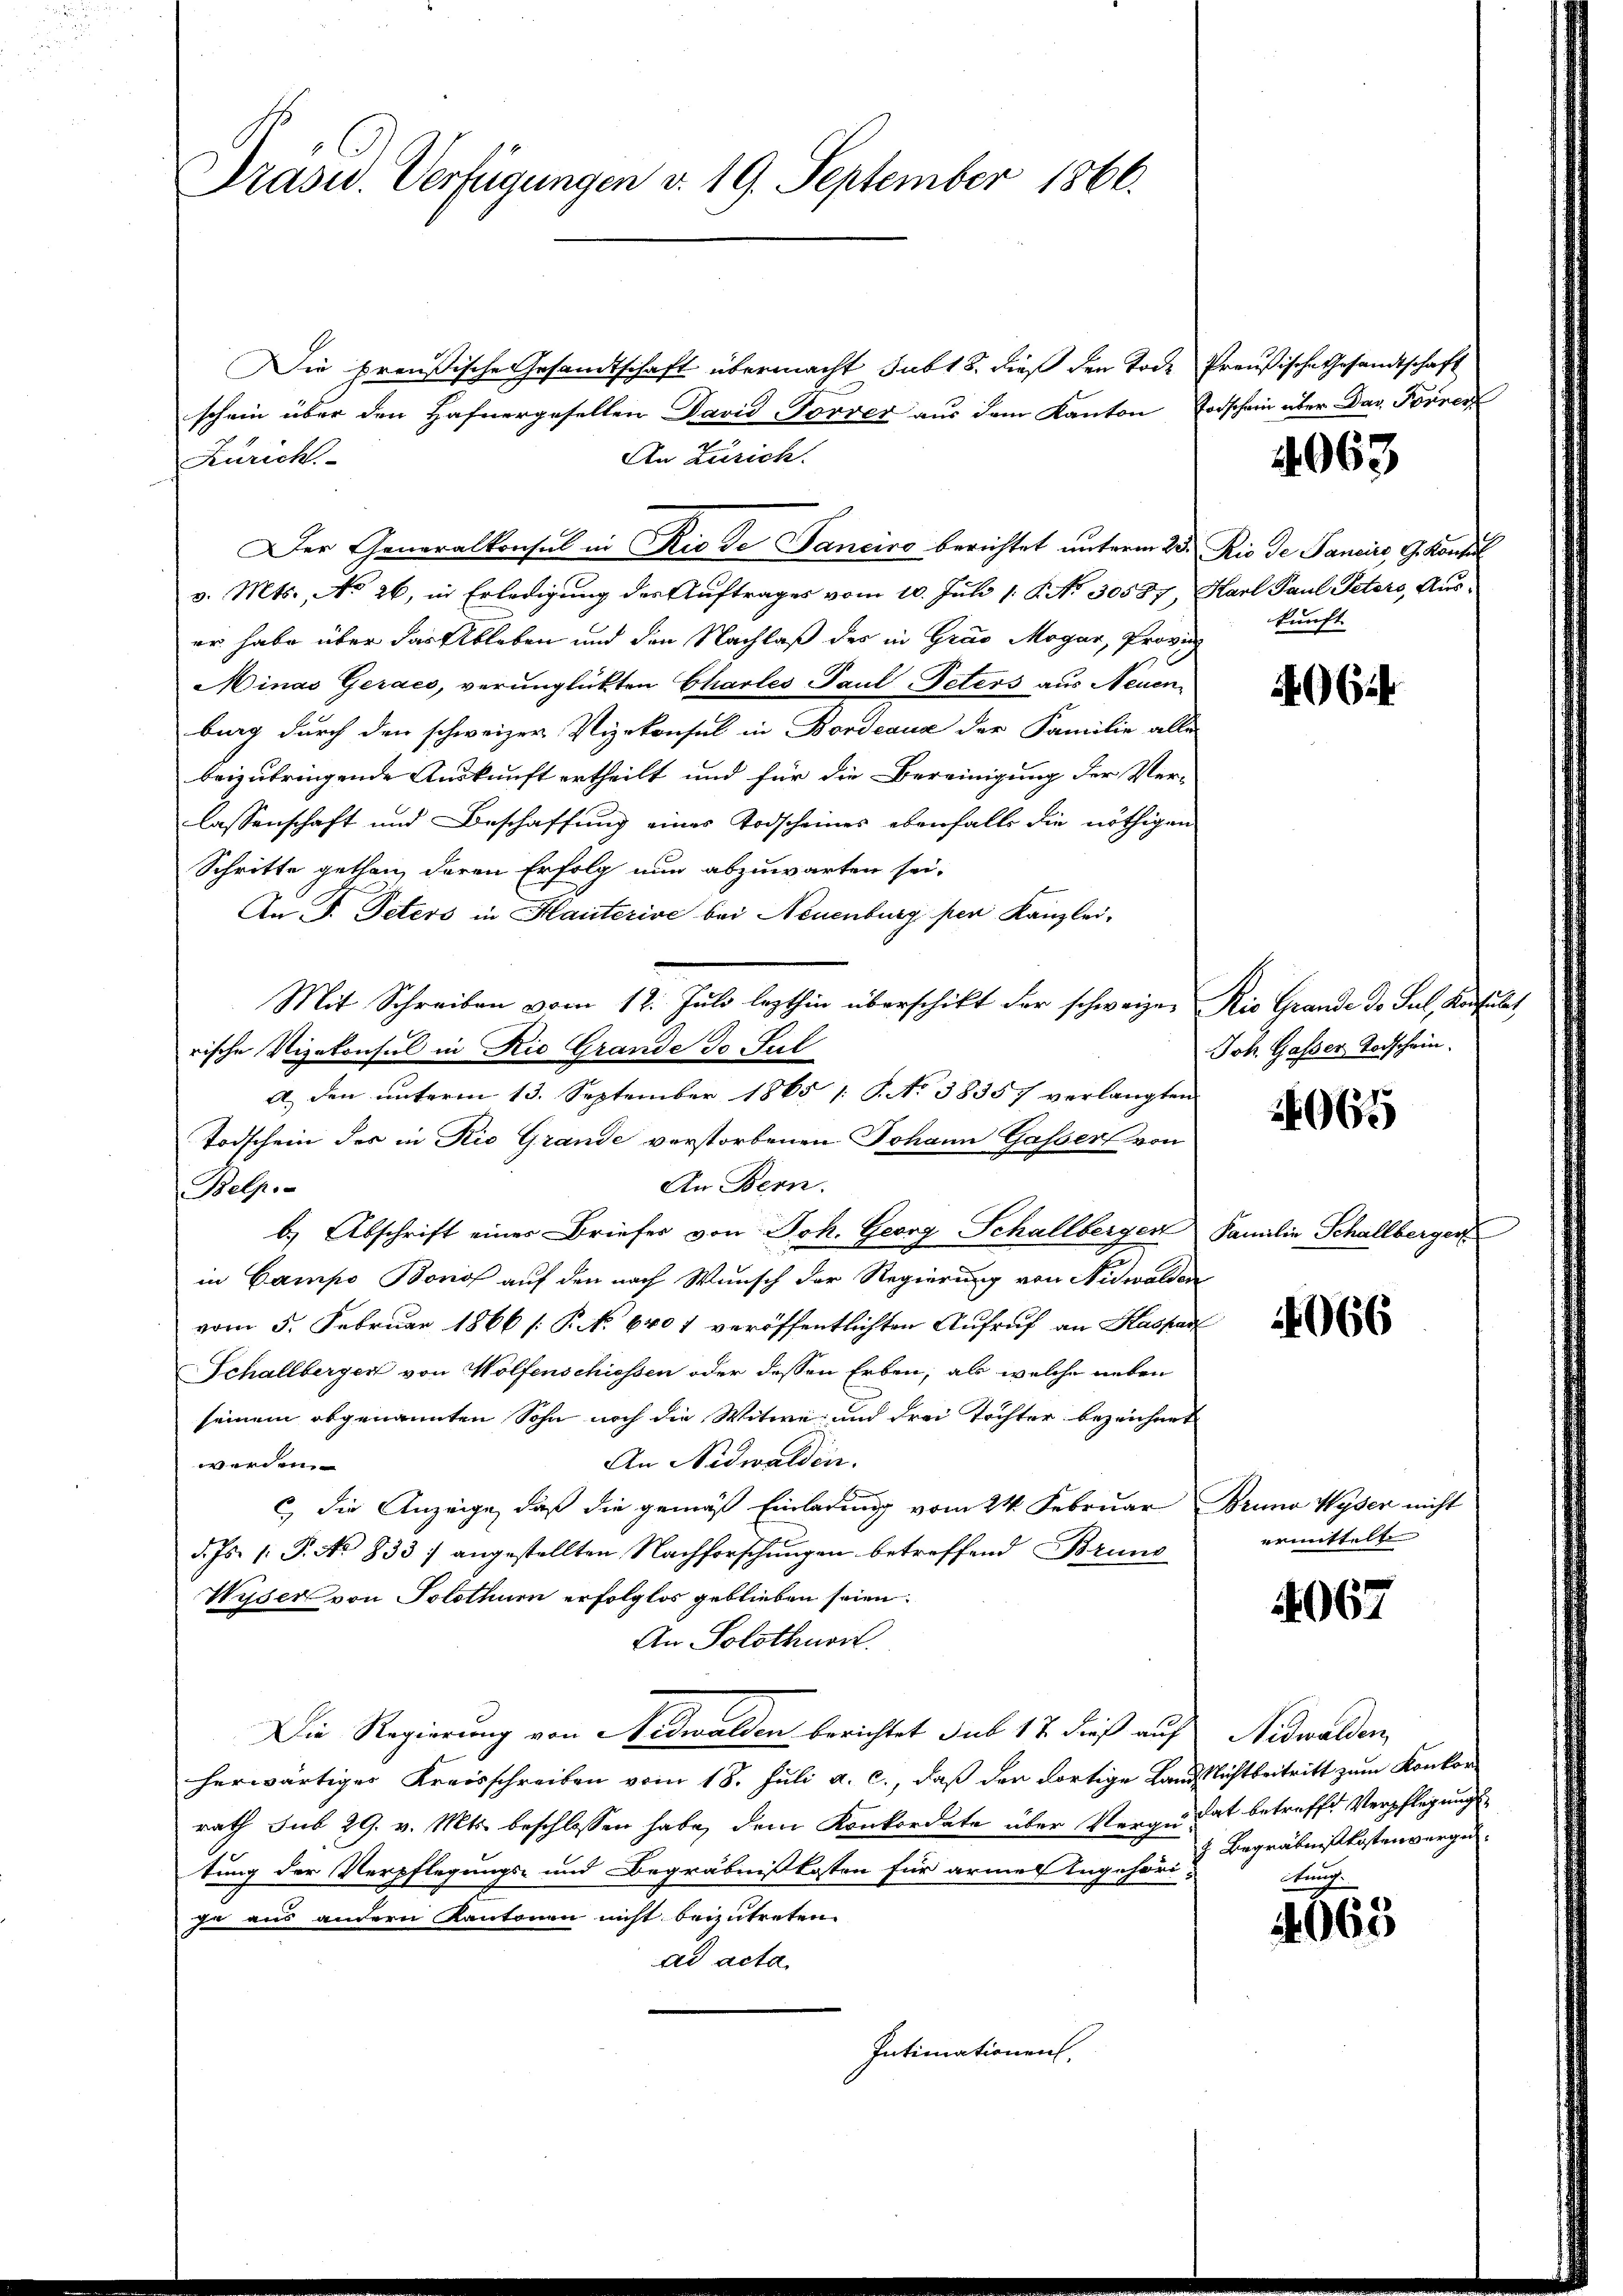
Prasus. Verfügungen v. 19. September 1866.

Die preußische Gesandtschaft übermacht subt 8. dieß den Tode
schein über den Hafnergesellen David-Torrer aus dem Kanton Todschein über Das Forrer
An Zusich.
Zürich.
v. Mts., No 26, in Erledigung der Auftrages vom 10. Juli 18. No 30587, Karl Paul Petors, Auser habe über das Ableben und den Nachlaß des in Grad Mogar, Provi
Minas Geracs, verunglükten Charles Paul Peters aus Neuenburg durch den schweizer Vizekonsul in Bordeaux der Familie alle
beizubringende Auskunft ertheilt und für die Bereinigung der Ver-
lassenschaft und Beschaffung eines Todscheines ebenfalls die nöthigen
Schritte gethan, deren Erfolg nun abzuwarten sei.
An F. Peters in Hauterive bei Neuenburg per Kanzlei-
Mit Schreiben vom 12. Juli lezthin überschikt der schweizer Rio Grande de Sul, Konsulat
rische Vizekonsul in Rio Grande Do Jul
A. den ŭnterm 13. September 1865 1 S. No 38357 verlangten
Todschein des in Rio Grande verstorbenen Johann Gasser von
An Bern.
Belpo-
b.) Abschrift eines Briefes von Joh. Georg Schallberger
in Campo Boros auf den nach Wunsch der Regierung von Nidwalden
vom 5. Februar 1866 [: P. N. 640 7 veröffentlichten Aufruf an Kaspar
Schallberger von Wolfenschiessen oder dessen Erben, als welche neben
seinem abgenannten Sohn noch die Witwe und drei Töchter bezeichnet
An Nidwalden.
werden.
c) die Anzeige, daß die gemäß Einladung vom 24. Februar Bruno Wyser nicht
d. Js. 1. P. No 833) angestellten Nachforschŭngen betreffend Bruns
Wyder von Solothum erfolglos geblieben seien.
An Solothurn.
Die Regierung von Nidwalden berichtet sub 17 dieß auf Nidwalden,
herwärtiger Kreisschreiben vom 18. Juli a. c., daß der dortige Land Nichtbeitritt zum Konkorrath sub 29. v. Mts. beschlossen habe, dem Konkordate über Verquidat betreffe Verpflegungstung der Verpflegungs- und Begräbnißkosten für armer Angehöri-
ge aus andern Kantonen nicht beizutreten.
ad acta
Intimationen,

Der Generalkonsul in Rio de Fanciro berichtet unterm 23. Rio de Panciers, 9. Konsul

Preußische Gesandtschaft

4063

kunft

40644

Joh. Gasser Todschein.

965

Familie Schallberger

4066

ermittelte

4067

g. Begräbniskostenverge¬

665